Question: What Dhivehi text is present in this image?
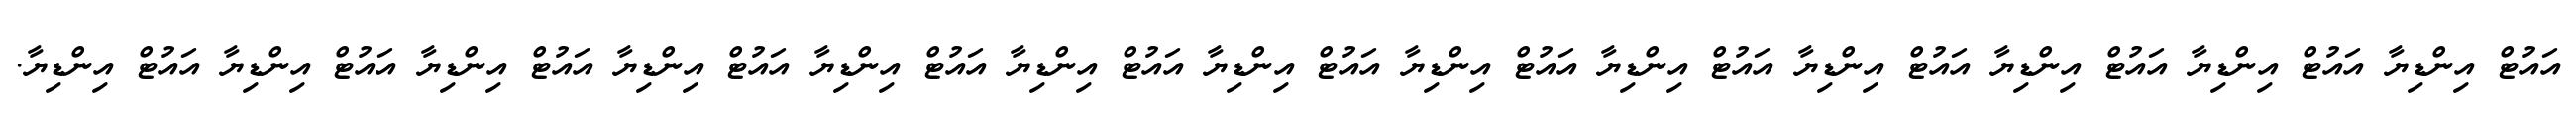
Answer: އައުޓް އިންޑިޔާ އައުޓް އިންޑިޔާ އައުޓް އިންޑިޔާ އައުޓް އިންޑިޔާ އައުޓް އިންޑިޔާ އައުޓް އިންޑިޔާ އައުޓް އިންޑިޔާ އައުޓް އިންޑިޔާ އައުޓް އިންޑިޔާ އައުޓް އިންޑިޔާ އައުޓް އިންޑިޔާ އައުޓް އިންޑިޔާ އައުޓް އިންޑިޔާ.